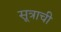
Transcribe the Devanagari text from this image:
सूत्राची